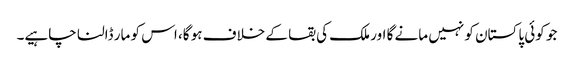
جو کوئی پاکستان کو نہیں مانے گا اور ملک کی بقا کے خلاف ہو گا، اس کو مار ڈالنا چاہیے۔